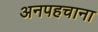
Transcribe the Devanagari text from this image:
अनपहचाना